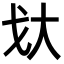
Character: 𫻨